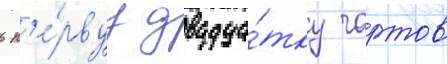
в п'е́рвуу двадца́тку чартов